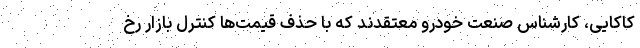
کاکایی، کارشناس صنعت خودرو معتقدند که با حذف قیمت‌ها کنترل بازار رخ